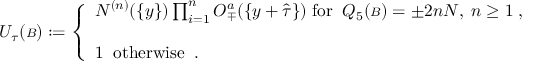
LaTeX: { \cal U } _ { \tau } ( { \scriptstyle { \cal B } } ) : = \left\{ \begin{array} { l } { { { \cal N } ^ { ( n ) } ( \{ y \} ) \prod _ { i = 1 } ^ { n } { \cal O } _ { \mp } ^ { a } ( \{ y + \hat { \tau } \} ) \; \mathrm { f o r } \; \; Q _ { 5 } ( { \scriptstyle { \cal B } } ) = \pm 2 n N , \; n \geq 1 \; , } } \\ { { \; } } \\ { { 1 \; \; \mathrm { o t h e r w i s e } \; \; . } } \end{array} \right.